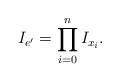
LaTeX: \begin{align*}I_{e'}={\prod_{i=0}^{n}I_{x_{i}}}.\end{align*}